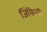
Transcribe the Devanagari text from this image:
जिंकिली